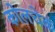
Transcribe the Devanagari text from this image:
कोलचेक